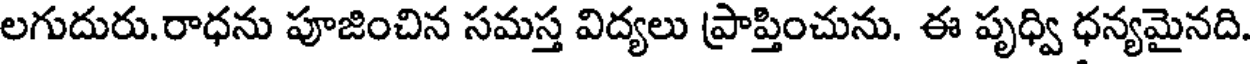
లగుదురు.రాధను పూజించిన సమస్త విద్యలు ప్రాప్తించును. ఈ పృధ్వి ధన్యమైనది.